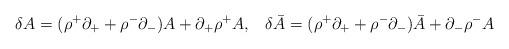
LaTeX: \begin{align*}\delta A=(\rho^+\partial_+ + \rho^-\partial_-)A + \partial_+\rho^+A,\hskip 10pt\delta \bar A=(\rho^+\partial_+ + \rho^-\partial_-)\bar A + \partial_-\rho^-A\end{align*}